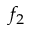
f _ { 2 }